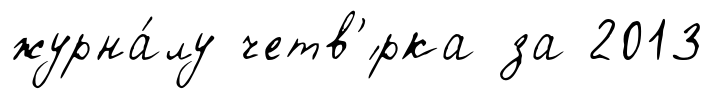
журна́лу четв'́рка за 2013